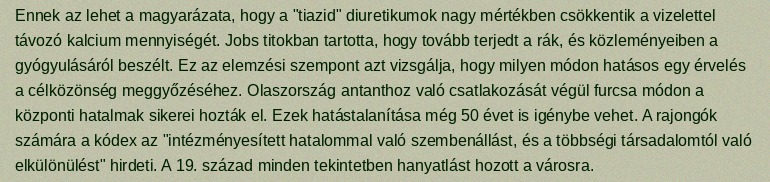
Ennek az lehet a magyarázata, hogy a "tiazid" diuretikumok nagy mértékben csökkentik a vizelettel távozó kalcium mennyiségét. Jobs titokban tartotta, hogy tovább terjedt a rák, és közleményeiben a gyógyulásáról beszélt. Ez az elemzési szempont azt vizsgálja, hogy milyen módon hatásos egy érvelés a célközönség meggyőzéséhez. Olaszország antanthoz való csatlakozását végül furcsa módon a központi hatalmak sikerei hozták el. Ezek hatástalanítása még 50 évet is igénybe vehet. A rajongók számára a kódex az "intézményesített hatalommal való szembenállást, és a többségi társadalomtól való elkülönülést" hirdeti. A 19. század minden tekintetben hanyatlást hozott a városra.